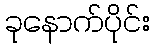
ခုနောက်ပိုင်း